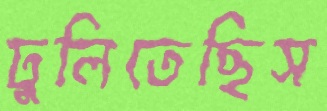
ঢুলিতেছিস